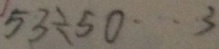
5 3 \div 5 0 \cdots 3